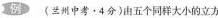
例 (兰州中考·4分)由五个同样大小的立方